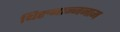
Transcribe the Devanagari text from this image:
थिरुनान्जनाम